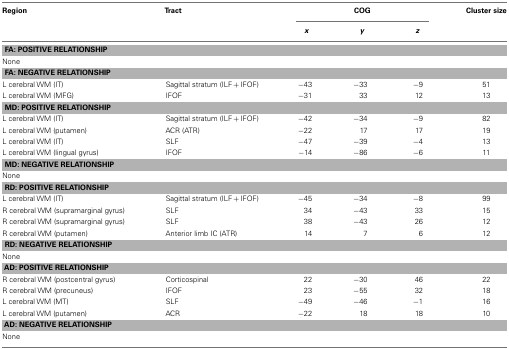
<table><thead><tr><td><b>Region</b></td><td><b>Tract</b></td><td colspan="3"><b>COG</b></td><td><b>Cluster size</b></td></tr><tr><td></td><td></td><td><b><i>x</i></b></td><td><b><i>y</i></b></td><td><b><i>z</i></b></td><td></td></tr></thead><tbody><tr><td colspan="6"><b>FA: POSITIVE RELATIONSHIP</b></td></tr><tr><td>None</td><td></td><td></td><td></td><td></td><td></td></tr><tr><td colspan="6"><b>FA: NEGATIVE RELATIONSHIP</b></td></tr><tr><td>L cerebral WM (IT)</td><td>Sagittal stratum (ILF + IFOF)</td><td>−43</td><td>−33</td><td>−9</td><td>51</td></tr><tr><td>L cerebral WM (MFG)</td><td>IFOF</td><td>−31</td><td>33</td><td>12</td><td>13</td></tr><tr><td colspan="6"><b>MD: POSITIVE RELATIONSHIP</b></td></tr><tr><td>L cerebral WM (IT)</td><td>Sagittal stratum (ILF + IFOF)</td><td>−42</td><td>−34</td><td>−9</td><td>82</td></tr><tr><td>L cerebral WM (putamen)</td><td>ACR (ATR)</td><td>−22</td><td>17</td><td>17</td><td>19</td></tr><tr><td>L cerebral WM (IT)</td><td>SLF</td><td>−47</td><td>−39</td><td>−4</td><td>13</td></tr><tr><td>L cerebral WM (lingual gyrus)</td><td>IFOF</td><td>−14</td><td>−86</td><td>−6</td><td>11</td></tr><tr><td colspan="6"><b>MD: NEGATIVE RELATIONSHIP</b></td></tr><tr><td>None</td><td></td><td></td><td></td><td></td><td></td></tr><tr><td colspan="6"><b>RD: POSITIVE RELATIONSHIP</b></td></tr><tr><td>L cerebral WM (IT)</td><td>Sagittal stratum (ILF + IFOF)</td><td>−45</td><td>−34</td><td>−8</td><td>99</td></tr><tr><td>R cerebral WM (supramarginal gyrus)</td><td>SLF</td><td>34</td><td>−43</td><td>33</td><td>15</td></tr><tr><td>R cerebral WM (supramarginal gyrus)</td><td>SLF</td><td>38</td><td>−43</td><td>26</td><td>12</td></tr><tr><td>R cerebral WM (putamen)</td><td>Anterior limb IC (ATR)</td><td>14</td><td>7</td><td>6</td><td>12</td></tr><tr><td colspan="6"><b>RD: NEGATIVE RELATIONSHIP</b></td></tr><tr><td>None</td></tr><tr><td colspan="6"><b>AD: POSITIVE RELATIONSHIP</b></td></tr><tr><td>R cerebral WM (postcentral gyrus)</td><td>Corticospinal</td><td>22</td><td>−30</td><td>46</td><td>22</td></tr><tr><td>R cerebral WM (precuneus)</td><td>IFOF</td><td>23</td><td>−55</td><td>32</td><td>18</td></tr><tr><td>L cerebral WM (MT)</td><td>SLF</td><td>−49</td><td>−46</td><td>−1</td><td>16</td></tr><tr><td>L cerebral WM (putamen)</td><td>ACR</td><td>−22</td><td>18</td><td>18</td><td>10</td></tr><tr><td colspan="6"><b>AD: NEGATIVE RELATIONSHIP</b></td></tr><tr><td>None</td></tr></tbody></table>